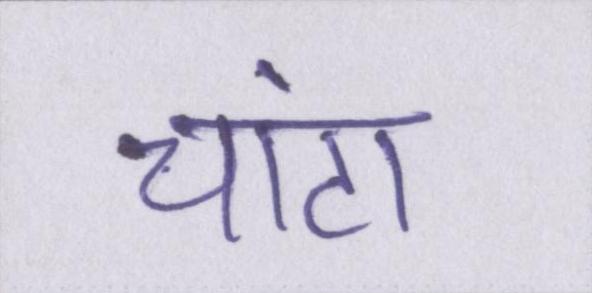
चांटा